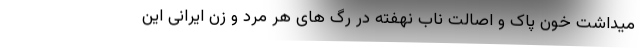
میداشت خون پاک و اصالت ناب نهفته در رگ های هر مرد و زن ایرانی این